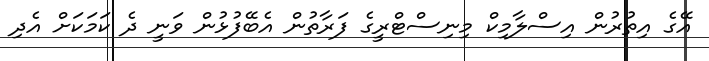
އޭގެ އިތުރުން އިސްލާމިކް މިނިސްޓްރީގެ ފަރާތުން އެބޭފުޅުން ވަނީ ދެ ކަމަކަށް އެދި